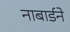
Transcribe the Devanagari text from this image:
नाबार्डने